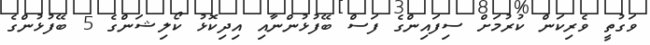
ވަގުތީ ވެރިކަން ކުރުމަށް ސިފައިންގެ ފަސް ބޭފުޅުންނާއި އިދިކޮޅު ކޯލިޝަންގެ 5 ބޭފުޅުންގެ